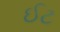
ઈટ